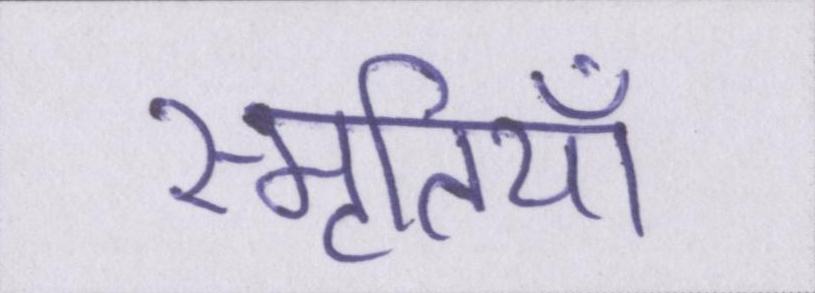
स्मृतियाँ